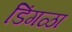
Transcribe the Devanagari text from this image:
डिंगळा